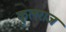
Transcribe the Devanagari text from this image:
कुलराज